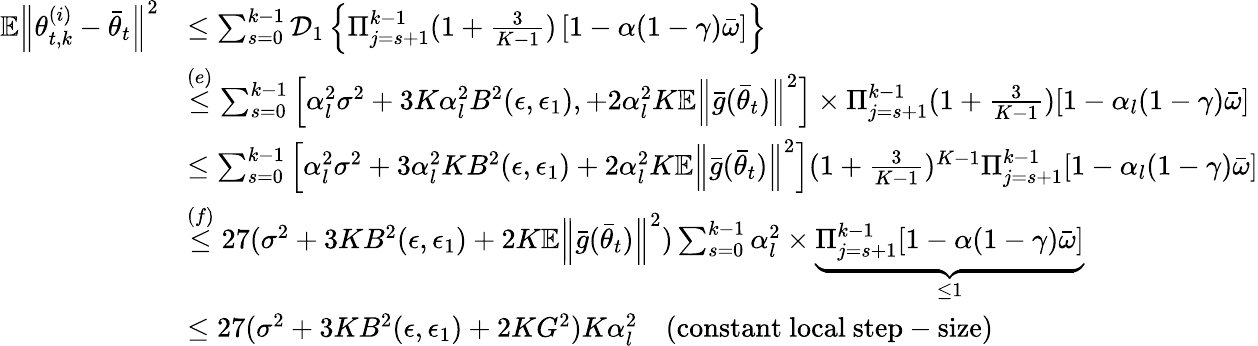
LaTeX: \begin{array}{rl}{\mathbb{E}\Big\lVert\theta_{t,k}^{(i)}-\bar{\theta}_{t}\Big\rVert^{2}}&{\le\sum_{s=0}^{k-1}\mathcal{D}_{1}\left\{ \Pi_{j=s+1}^{k-1}(1+\frac{3}{K-1})\left[1-\alpha(1-\gamma)\bar{\omega}\right]\right\} }\\ &{\stackrel{(e)}{\le}\sum_{s=0}^{k-1}\Big[\alpha_{l}^{2}\sigma^{2}+3K\alpha_{l}^{2}B^{2}(\epsilon,\epsilon_{1}),+2\alpha_{l}^{2}K\mathbb{E}\Big\lVert\bar{g}(\bar{\theta}_{t})\Big\rVert^{2}\Big]\times\Pi_{j=s+1}^{k-1}(1+\frac{3}{K-1})[1-\alpha_{l}(1-\gamma)\bar{\omega}]}\\ &{\le\sum_{s=0}^{k-1}\Big[\alpha_{l}^{2}\sigma^{2}+3\alpha_{l}^{2}KB^{2}(\epsilon,\epsilon_{1})+2\alpha_{l}^{2}K\mathbb{E}\Big\lVert\bar{g}(\bar{\theta}_{t})\Big\rVert^{2}\Big](1+\frac{3}{K-1})^{K-1}\Pi_{j=s+1}^{k-1}[1-\alpha_{l}(1-\gamma)\bar{\omega}]}\\ &{\stackrel{(f)}{\le}27(\sigma^{2}+3KB^{2}(\epsilon,\epsilon_{1})+2K\mathbb{E}\Big\lVert\bar{g}(\bar{\theta}_{t})\Big\rVert^{2})\sum_{s=0}^{k-1}\alpha_{l}^{2}\times\underbrace{\Pi_{j=s+1}^{k-1}[1-\alpha(1-\gamma)\bar{\omega}]}_{\le 1}}\\ &{\le 27(\sigma^{2}+3KB^{2}(\epsilon,\epsilon_{1})+2KG^{2})K\alpha_{l}^{2}\quad(\mathrm{constant~local~step-size})}\end{array}